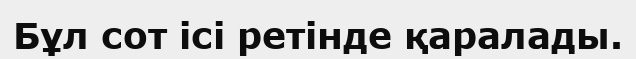
Бұл сот ісі ретінде қаралады.